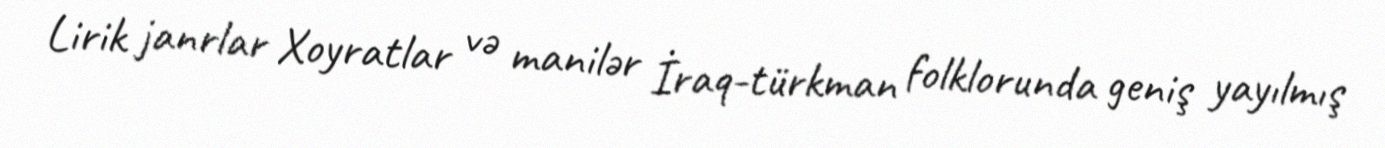
Lirik janrlar Xoyratlar və manilər İraq-türkman folklorunda geniş yayılmış